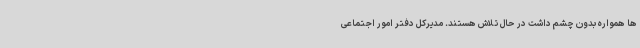
ها همواره بدون چشم داشت در حال تلاش هستند. مدیرکل دفتر امور اجتماعی